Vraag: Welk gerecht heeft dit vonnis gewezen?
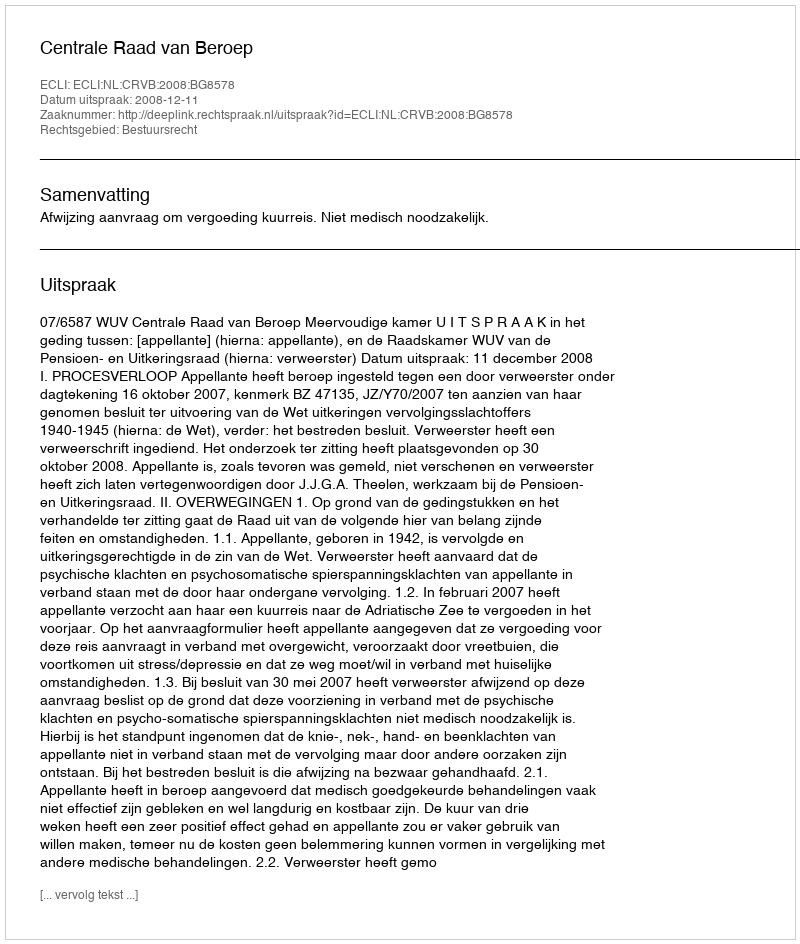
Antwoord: Centrale Raad van Beroep